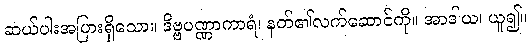
ဆယ်ပါးအပြားရှိသော။ ဒိဗ္ဗပဏ္ဏာကာရံ၊ နတ်၏လက်ဆောင်ကို။ အာဒါယ၊ ယူ၍။